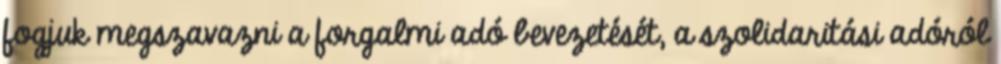
fogjuk megszavazni a forgalmi adó bevezetését, a szolidaritási adóról